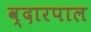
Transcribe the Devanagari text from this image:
व्दारपाल